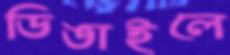
ডিঙাইলে